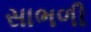
સાભળી